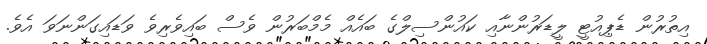
އިތުރުން ޑެޕިއުޓީ ލީޑަރުންނާއި ކައުންސިލްގެ ބައެއް މެމްބަރުން ވެސް ބައިވެރިވެ ވަޑައިގަންނަވަ އެވެ.